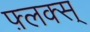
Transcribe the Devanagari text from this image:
फ़्लक्स्